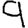
Digit: 9